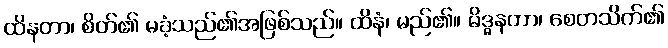
ထိနတာ၊ စိတ်၏ မခံ့သည်၏အဖြစ်သည်။ ထိနံ၊ မည်၏။ မိဒ္ဓနတာ၊ စေတသိက်၏